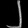
Digit: ၂